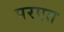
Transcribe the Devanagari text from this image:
परपत